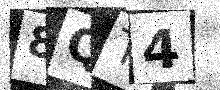
Text: 8QT4